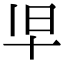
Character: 𫝒